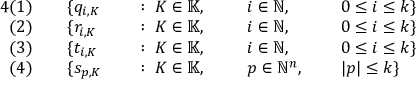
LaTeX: \begin{array} { r l r l r l r l } { { 4 } ( 1 ) \quad } & { { } \{ q _ { i , K } } & { } & { { } : \; K \in \mathbb { K } , \; \; } & { } & { { } i \in \mathbb { N } , \; } & { } & { { } 0 \leq i \leq k \} } \\ { ( 2 ) \quad } & { { } \{ r _ { i , K } } & { } & { { } : \; K \in \mathbb { K } , \; \; } & { } & { { } i \in \mathbb { N } , \; } & { } & { { } 0 \leq i \leq k \} } \\ { ( 3 ) \quad } & { { } \{ t _ { i , K } } & { } & { { } : \; K \in \mathbb { K } , \; \; } & { } & { { } i \in \mathbb { N } , \; } & { } & { { } 0 \leq i \leq k \} } \\ { ( 4 ) \quad } & { { } \{ s _ { p , K } } & { } & { { } : \; K \in \mathbb { K } , \; \; } & { } & { { } p \in \mathbb { N } ^ { n } , \; } & { } & { { } | p | \leq k \} } \end{array}